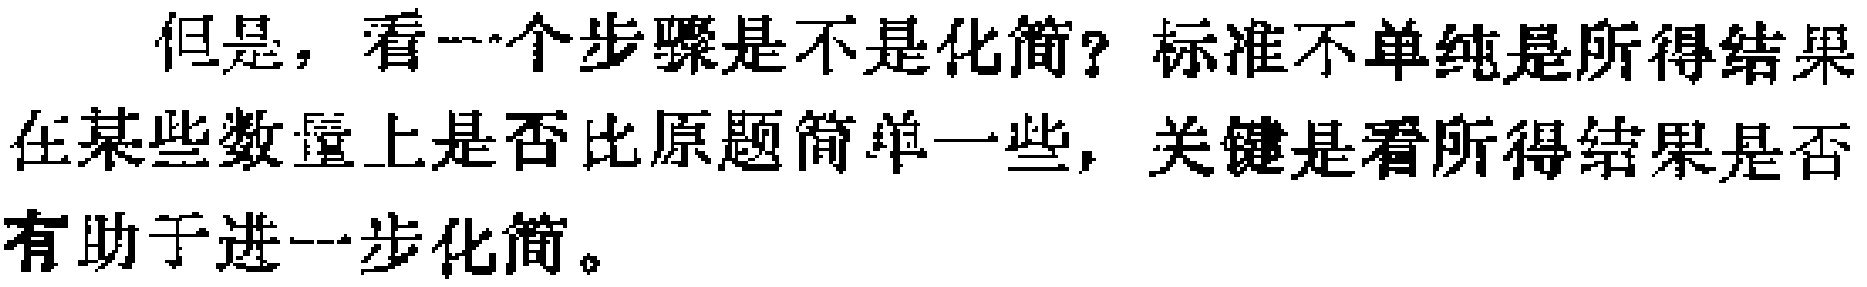
但是，看一个步骤是不是化简？标准不单纯是所得结果在某些数量上是否比原题简单一些，关键是看所得结果是否有助于进一步化简。